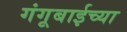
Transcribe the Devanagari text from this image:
गंगूबाईच्या